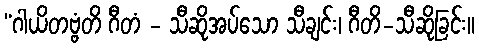
“ဂါယိတဗ္ဗံတိ ဂီတံ - သီဆိုအပ်သော သီချင်း၊ ဂီတိ-သီဆိုခြင်း။